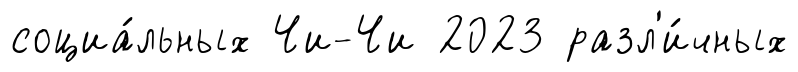
социа́льных Чи-Чи 2023 разл'и́чных